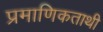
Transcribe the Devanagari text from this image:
प्रमाणिकताथी